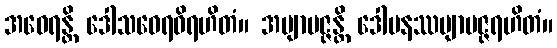
အဝေရန္တိ ဒေါသဝေရဝိရဟိတံ။ အဗျာပဇ္ဇန္တိ ဒေါမနဿဗျာပဇ္ဇရဟိတံ။